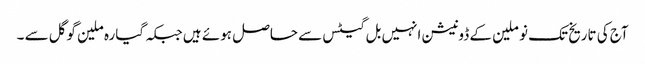
آج کی تاریخ تک نو ملین کے ڈونیشن انہیں بل گیٹس سے حاصل ہوئے ہیں جبکہ گیارہ ملین گوگل سے ۔